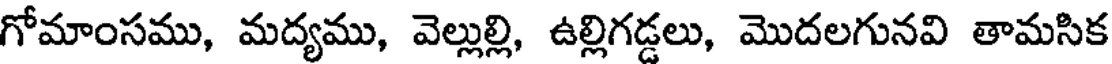
గోమాంసము, మద్యము, వెల్లుల్లి, ఉల్లిగడ్డలు, మొదలగునవి తామసిక